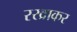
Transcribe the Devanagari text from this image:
रखाकर